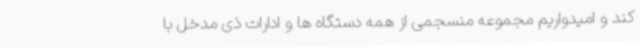
کند و امیدواریم مجموعه منسجمی از همه دستگاه ها و ادارات ذی مدخل با